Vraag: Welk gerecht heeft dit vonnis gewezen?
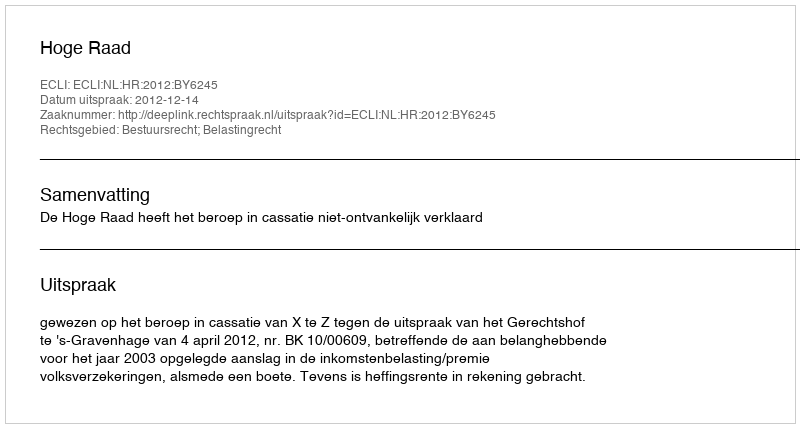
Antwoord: Hoge Raad